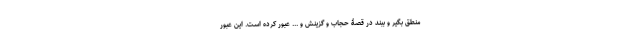
منطق بگیر و ببند در قصۀ حجاب و گزینش و ... عبور کرده است. این عبور